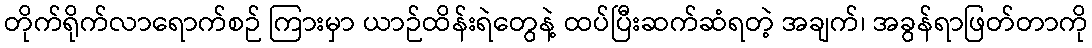
တိုက်ရိုက်လာရောက်စဉ် ကြားမှာ ယာဉ်ထိန်းရဲတွေနဲ့ ထပ်ပြီးဆက်ဆံရတဲ့ အချက်၊ အခွန်ရာဖြတ်တာကို